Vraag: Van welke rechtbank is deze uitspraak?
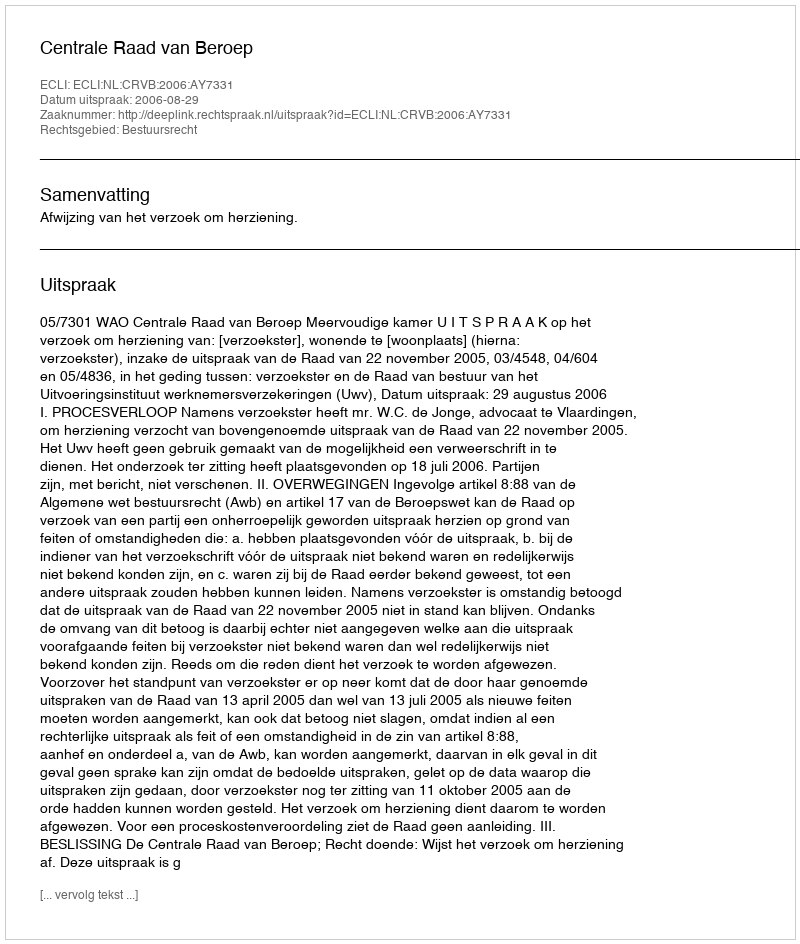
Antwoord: Centrale Raad van Beroep